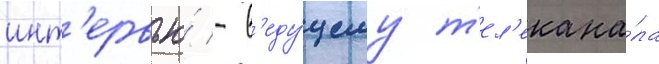
инт'ервью́ - в'еду́щему т'ел'екана́ла